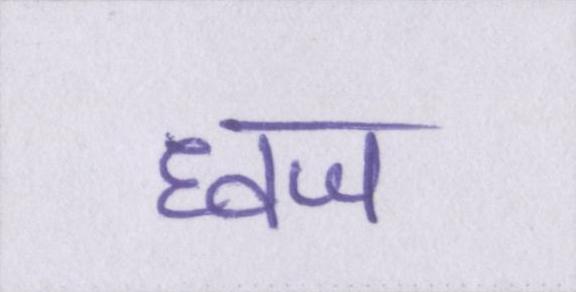
ध्वज